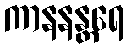
ကာနနန္တရေ